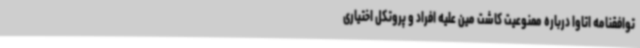
توافقنامه اتاوا درباره ممنوعیت کاشت مین علیه افراد و پروتکل اختیاری